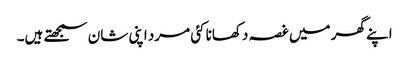
اپنے گھر میں غصہ دکھانا کئی مرد اپنی شان سمجھتے ہیں۔